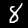
Label: 8